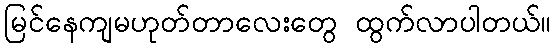
မြင်နေကျမဟုတ်တာလေးတွေ ထွက်လာပါတယ်။